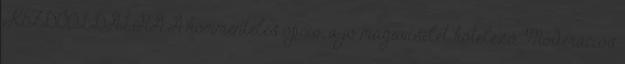
KEZDŐOLDALRA A kommentelés opció, a jó magaviselet kötelező Moderációs